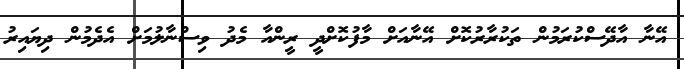
އޭނާ އާދޭސްކުރަމުން ތަކުރާރުކޮށް އޭނާއަށް މާފުކޮށްދީ ރީންއާ މެދު ވިސްނާލުމަށް އެދެމުން ދިޔައިރު